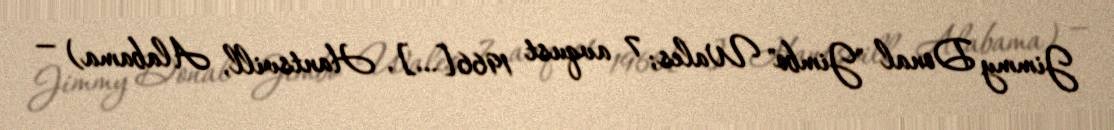
Jimmy Donal "Jimbo" Wales; 7 avqust 1966[…], Hantsvill, Alabama) —